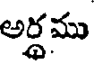
అర్ధము